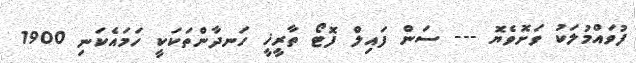
ފުވައްމުލަކު ވަށޮވެޔޮ --- ސަން ފައިލް ފޮޓޯ ތާރީޚީ ހަނދާންތަކަކީ ހަމައެކަނި 1900